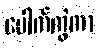
ပေါက်ကွဲကာ